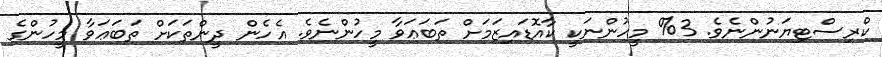
ކްރިސްޓިޔަނުންނެވެ. 3% މީހުންނަކީ ކާއޮޑައިޒަމަށް ތަބަޢަވާ މީހުންނެވެ. އެހެން ދީންތަކަށް ތަބަޢަވާ މީހުންގެ